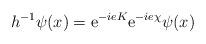
\begin{align*}{ h^{-1}\psi(x)=\mathrm{e}^{-ieK}\mathrm{e}^{-ie\chi}\psi(x)}\end{align*}